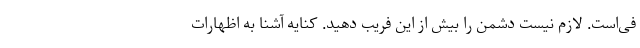
فی‌است. لازم نیست دشمن را بیش از این فریب دهید. کنایه آشنا به اظهارات